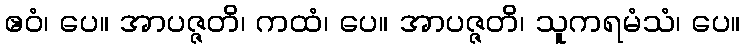
ဧဝံ၊ ပေ။ အာပဇ္ဇတိ၊ ကထံ၊ ပေ။ အာပဇ္ဇတိ၊ သူကရမံသံ၊ ပေ။